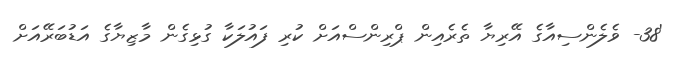
'38- ވެލެންސިއާގެ އޭރިޔާ ތެރެއިން ޕްރިންސްއަށް ކުރި ފައުލަކާ ގުޅިގެން މާޒިޔާގެ އަޑުބަރޭއަށް